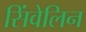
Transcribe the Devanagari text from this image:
सिंवेलिन